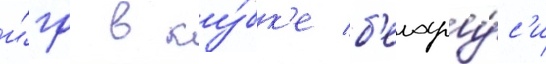
и́гр в ку́бк'е б'елару́с'и